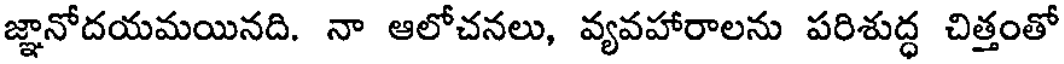
జ్ఞానోదయమయినది. నా ఆలోచనలు, వ్యవహారాలను పరిశుద్ధ చిత్తంతో